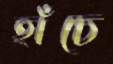
হাঁচে